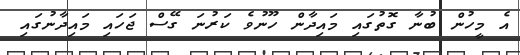
އެ މީހުން ބުނާ ގޮތުގައި މައިދާން ހޫނުވެ ކަރުނަ ގޭސް ޖަހައި މައިދާނުގައި